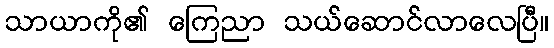
သာယာကို၏ ကြေညာ သယ်ဆောင်လာလေပြီ။